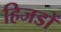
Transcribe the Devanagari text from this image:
हिजडों